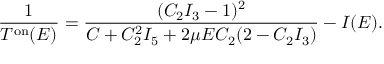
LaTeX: \frac { 1 } { T ^ { \mathrm { o n } } ( E ) } = \frac { ( C _ { 2 } I _ { 3 } - 1 ) ^ { 2 } } { C + C _ { 2 } ^ { 2 } I _ { 5 } + 2 \mu E C _ { 2 } ( 2 - C _ { 2 } I _ { 3 } ) } - I ( E ) .